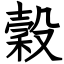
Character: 穀